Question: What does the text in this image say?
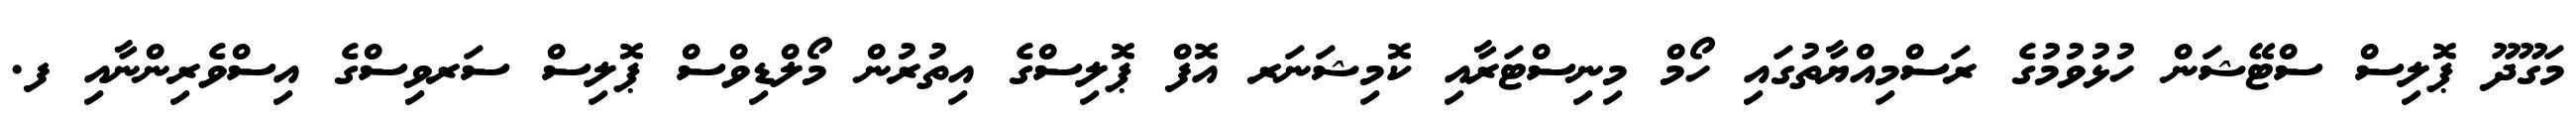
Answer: މަގޫދޫ ޕޮލިސް ސްޓޭޝަން ހުޅުވުމުގެ ރަސްމިއްޔާތުގައި ހޯމް މިނިސްޓަރާއި ކޮމިޝަނަރ އޮފް ޕޮލިސްގެ އިތުރުން މޯލްޑިވްސް ޕޮލިސް ސަރވިސްގެ އިސްވެރިންނާއި ފ.